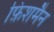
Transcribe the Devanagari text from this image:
फ़िशमैन